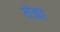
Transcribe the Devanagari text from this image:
तंडा